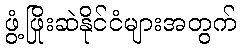
ဖွံ့ဖြိုးဆဲနိုင်ငံများအတွက်